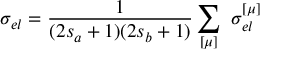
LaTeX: \sigma _ { e l } = \frac { 1 } { ( 2 s _ { a } + 1 ) ( 2 s _ { b } + 1 ) } \sum _ { [ \mu ] } \, \, \sigma _ { e l } ^ { [ \mu ] }